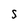
Character: S